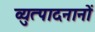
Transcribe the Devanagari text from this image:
व्युत्पादनानों